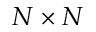
N \times N